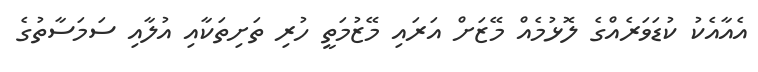
އެއާއެކު ކުޑަވަރެއްގެ ލޮޅުމެއް މޭޒަށް އަރައި މޭޒުމަތީ ހުރި ތަށިތަކާއި އުލާއި ސަމަސާތުގެ